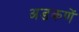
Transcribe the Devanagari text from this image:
अडकणें